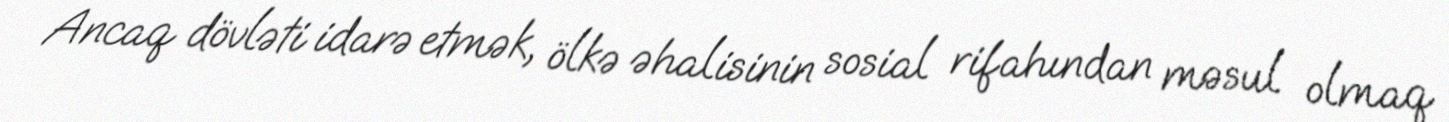
Ancaq dövləti idarə etmək, ölkə əhalisinin sosial rifahından məsul olmaq